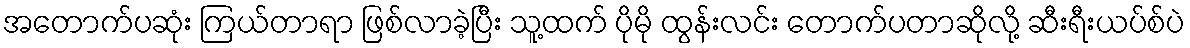
အတောက်ပဆုံး ကြယ်တာရာ ဖြစ်လာခဲ့ပြီး သူ့ထက် ပိုမို ထွန်းလင်း တောက်ပတာဆိုလို့ ဆီးရီးယပ်စ်ပဲ